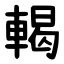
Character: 輵